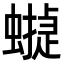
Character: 𧑻